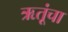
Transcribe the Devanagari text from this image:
ऋतूंचा